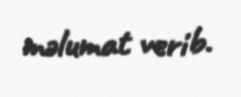
məlumat verib.